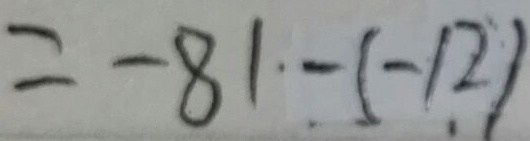
= - 8 1 - ( - 1 2 )